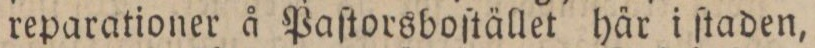
reparationer å Paſtorsboſtället här i ſtaden,